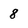
Character: 8